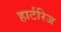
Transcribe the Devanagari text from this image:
हार्टरिज